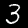
Digit: 3